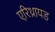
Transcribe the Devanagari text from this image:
एरिथ्रायड